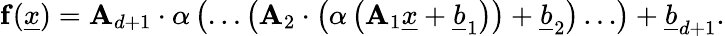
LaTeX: \mathbf{f}(\underline{{x}})=\mathbf{A}_{d+1}\cdot\mathbf{\alpha}\left(\ldots\left(\mathbf{A}_{2}\cdot\left(\mathbf{\alpha}\left(\mathbf{A}_{1}\underline{{x}}+\underline{{b}}_{1}\right)\right)+\underline{{b}}_{2}\right)\ldots\right)+\underline{{b}}_{d+1}.